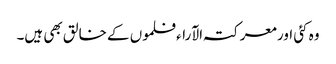
وہ کئی اور معرکتہ الآراء فلموں کے خالق بھی ہیں۔